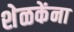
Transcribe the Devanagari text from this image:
शेळकेंना